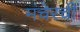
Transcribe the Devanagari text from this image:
मंचेरची